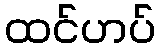
ထင်ဟပ်